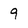
Character: 9